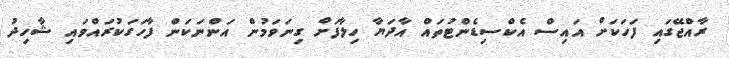
ރާއްޖޭގައި ފަހަކަށް އައިސް އެކްސިޑެންޓުތައް އާދަޔާ ހިލާފަށް ގިނަވަމުން އަންނަކަން ފާހަގަކުރައްވައި ޝާހިދު